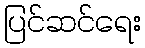
ပြင်ဆင်ရေး